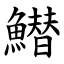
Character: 䲋